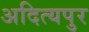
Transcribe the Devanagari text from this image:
अदित्यपुर